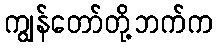
ကျွန်တော်တို့ဘက်က